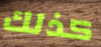
كذلك